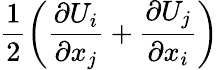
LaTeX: \frac{1}{2}\left(\frac{\partial U_{i}}{\partial x_{j}}+\frac{\partial U_{j}}{\partial x_{i}}\right)